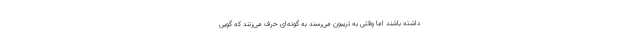
داشته باشند اما وقتی به تریبون می‌رسند به گونه‌ای حرف می‌زنند که گویی